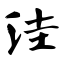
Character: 洼